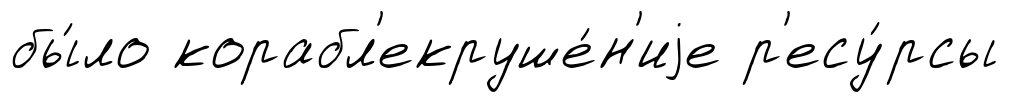
бы́ло корабл'екруше́н'иjе р'есу́рсы